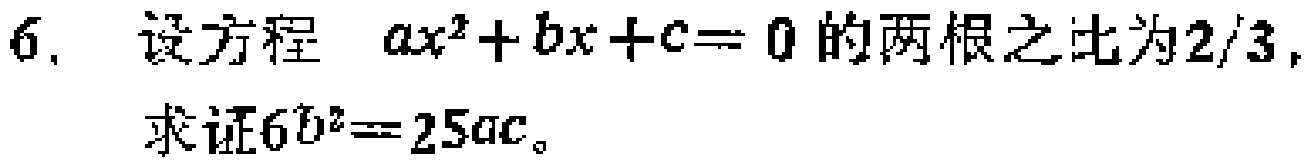
6. 设方程 \(ax^{2}+bx + c = 0\) 的两根之比为 \(2/3\)，
求证\(6b^{2}=25ac\)。